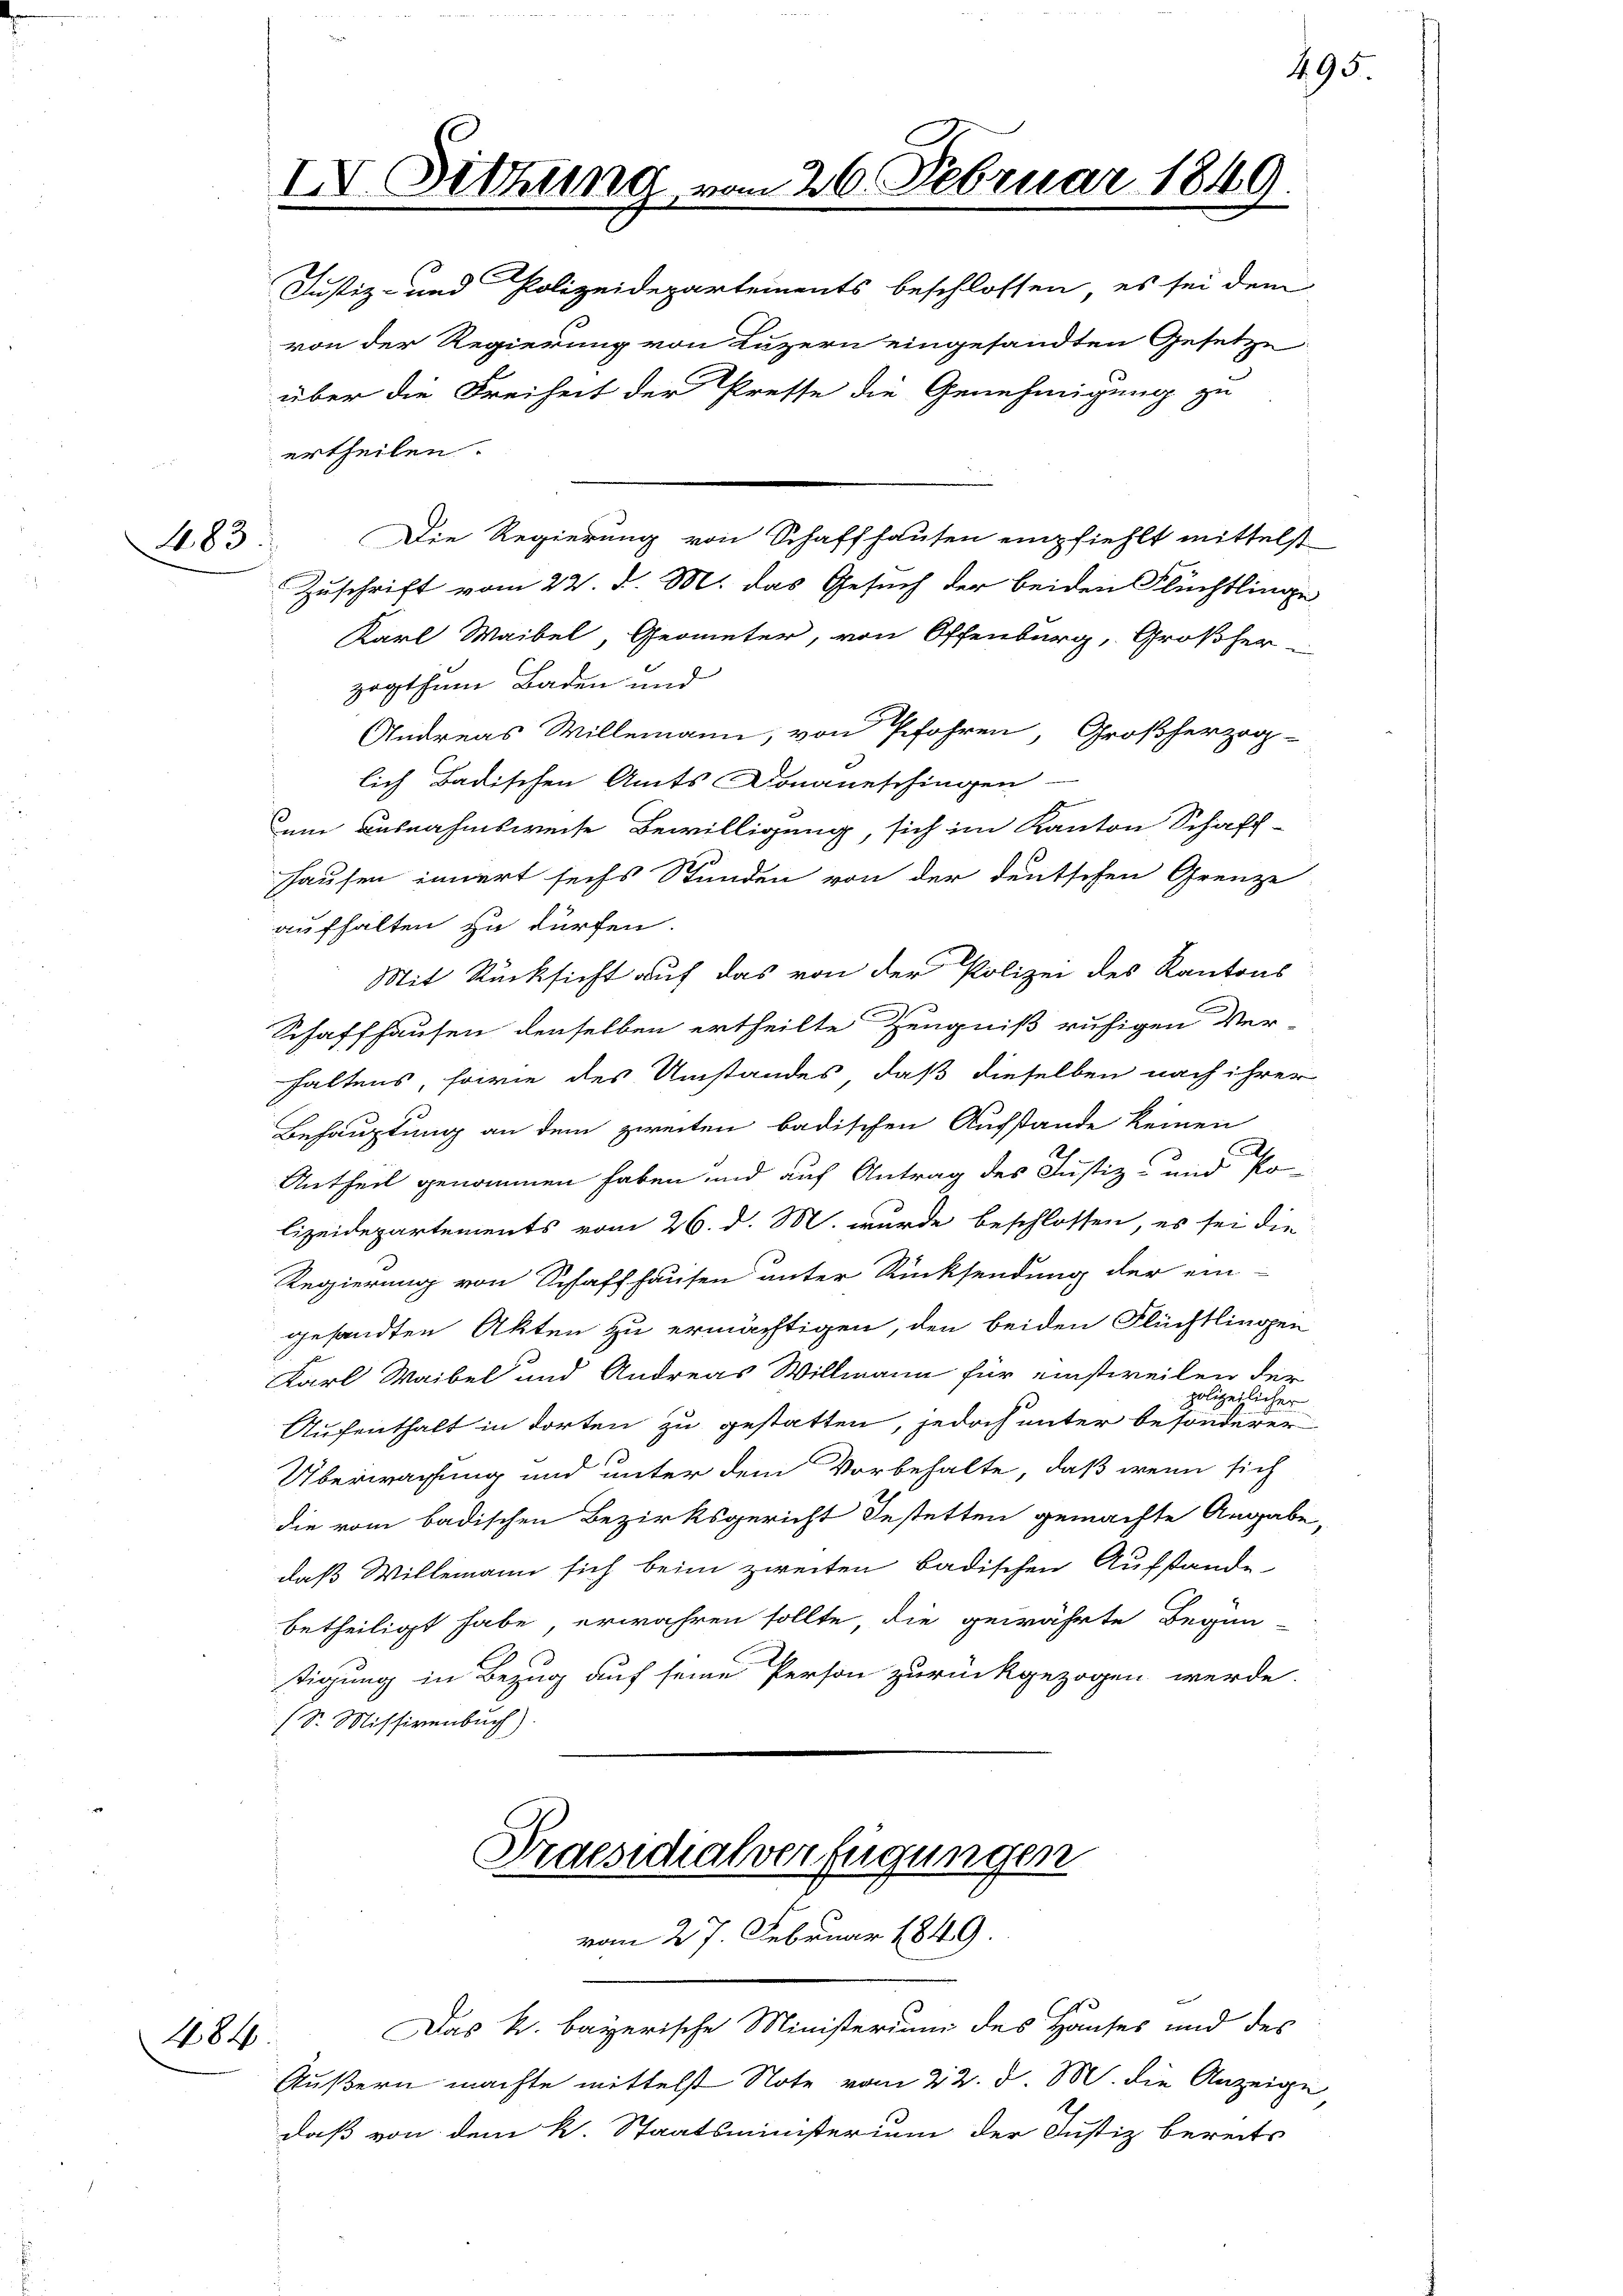
183.

484

IV. Sitzung vom 26. Februar 1849.
Justiz- und Polizeidepartements beschlossen, es sei dem

von der Regierung von Luzern eingesandten Gesetze
Zuschrift vom 23. d. M. das Gesuch der beiden Flüchtlinge
Karl Maibel, Geometer, von Offenburg, Großherzogthum Baden und
Andreas Willemann, von Pfohren, Großherzog-
lich Badischen Amts Donaueschingen-
em Ausnahmsweise Bewilligung, sich im Kanton Schaff-
hausen innert sechs Stunden von der deutschen Grenze
aufhalten zu dürfen.
Mit Rücksicht auf das von der Polizei des Kantons
2
Schaffhausen denselben ertheilte Zeugniß ruhigen Ver-
haltens, sowie des Umstandes, daß dieselben nach ihrer
Behauptung an dem zweiten badischen Aufstande keinen
Antheil genommen haben und auf Antrag des Justiz- und Po
lizeidepartements vom 26. d. M. wurde beschlossen, es sei die
Regierung von Schaffhausen unter Rücksendung der ein-
gesandten Akten zu ermächtigen, den beiden Flüchtlingen
Karl Waibel und Andreas Willmann für einstweilen der
polizeilicher
Aufenthalt in dorten zu gestatten, jedoch unter besonderer
Überwachung und unter dem Vorbehalte, daß wenn sich
die vom badischen Bezirksgericht destetten gemachte Angabe
daß Willemann sich beim zweiten badischen Aufstande
betheiligt habe, erwahren sollte, die gewährte Begün-
tigung in Bezug auf seine Person zurückgezogen werde.
(S. Missivenbuch)

über die Freiheit der Presse die Genehmigung zu

ertheilen.
Die Regierung von Schaffhausen empfiehlt mittelst

Praesidialverfügungen
vom 27. Februar 1849.

Das k. bayerische Ministerium des Hauses und des
Äußern machte mittelst Note vom 22. d. M. die Anzeige
daß von dem k. Staatsministerium der Justiz bereits

495.